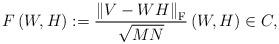
LaTeX: \begin{align*} F\left(W,H \right) := \frac{\left\| V - WH \right\|_{\mathrm{F}}}{\sqrt{MN}} \left(W,H \right) \in C,\end{align*}